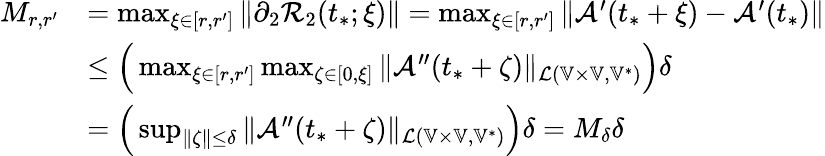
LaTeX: \begin{array}{rl}{M_{r,r^{\prime}}}&{=\operatorname*{max}_{\xi\in[r,r^{\prime}]}\| \partial_{2}\mathcal{R}_{2}(t_{*};\xi)\| =\operatorname*{max}_{\xi\in[r,r^{\prime}]}\| \mathcal{A}^{\prime}(t_{*}+\xi)-\mathcal{A}^{\prime}(t_{*})\| }\\ &{\le\Big(\operatorname*{max}_{\xi\in[r,r^{\prime}]}\operatorname*{max}_{\zeta\in[0,\xi]}\| \mathcal{A}^{\prime\prime}(t_{*}+\zeta)\| _{\mathcal{L}(\mathbb{V}\times\mathbb{V},\mathbb{V}^{*})}\Big)\delta}\\ &{=\Big(\operatorname*{sup}_{\| \zeta\| \le\delta}\| \mathcal{A}^{\prime\prime}(t_{*}+\zeta)\| _{\mathcal{L}(\mathbb{V}\times\mathbb{V},\mathbb{V}^{*})}\Big)\delta=M_{\delta}\delta}\end{array}